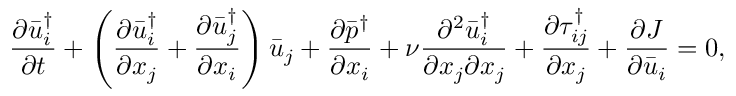
\frac { { \partial \bar { u } _ { i } ^ { \dag } } } { { \partial t } } + \left( { \frac { { \partial \bar { u } _ { i } ^ { \dag } } } { { \partial { x _ { j } } } } + \frac { { \partial \bar { u } _ { j } ^ { \dag } } } { { \partial { x _ { i } } } } } \right) { { \bar { u } } _ { j } } + \frac { { \partial { { \bar { p } } ^ { \dag } } } } { { \partial { x _ { i } } } } + \nu \frac { { { \partial ^ { 2 } } \bar { u } _ { i } ^ { \dag } } } { { \partial { x _ { j } } \partial { x _ { j } } } } + \frac { { \partial \tau _ { i j } ^ { \dag } } } { { \partial { x _ { j } } } } + \frac { { \partial J } } { { \partial { { \bar { u } } _ { i } } } } = 0 ,